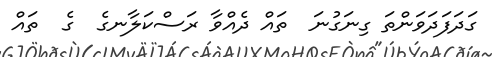
ގަދަފަދަވަންތަ ގިނަގުނަ  ތައް ދެއްވާ ރަސްކަލާނގެ  ގެ  ތައް